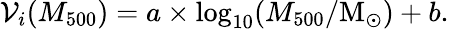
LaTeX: \mathcal{V}_{i}(M_{500})=a\times\log_{10}(M_{500}/\mathrm{M}_{\odot})+b.